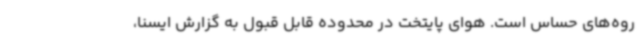
روه‌های حساس است. هوای پایتخت در محدوده قابل قبول به گزارش ایسنا،